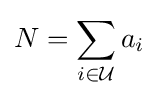
N=\sum _{i\in {\mathcal {U}}}a_{i}